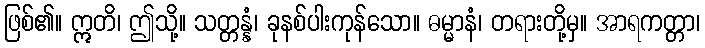
ဖြစ်၏။ ဣတိ၊ ဤသို့။ သတ္တန္နံ၊ ခုနစ်ပါးကုန်သော။ ဓမ္မာနံ၊ တရားတို့မှ။ အာရကတ္တာ၊